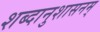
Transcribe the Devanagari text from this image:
शब्दानुशासनम्